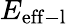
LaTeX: E_{\mathrm{eff-l}}